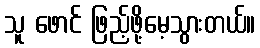
သူ ဖောင် ဖြည့်ဖို့မေ့သွားတယ်။